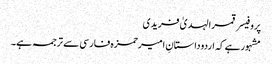
پروفیسر قمرالہدیٰ فریدی
مشہورہے کہ اردوداستانِ امیرحمزہ فارسی سے ترجمہ ہے۔